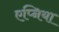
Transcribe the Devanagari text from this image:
एप्निया